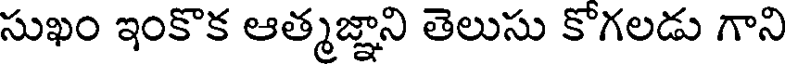
సుఖం ఇంకొక ఆత్మజ్ఞాని తెలుసు కొగలడు గాని